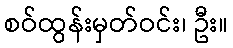
စဝ်ထွန်းမှတ်ဝင်း၊ ဦး။